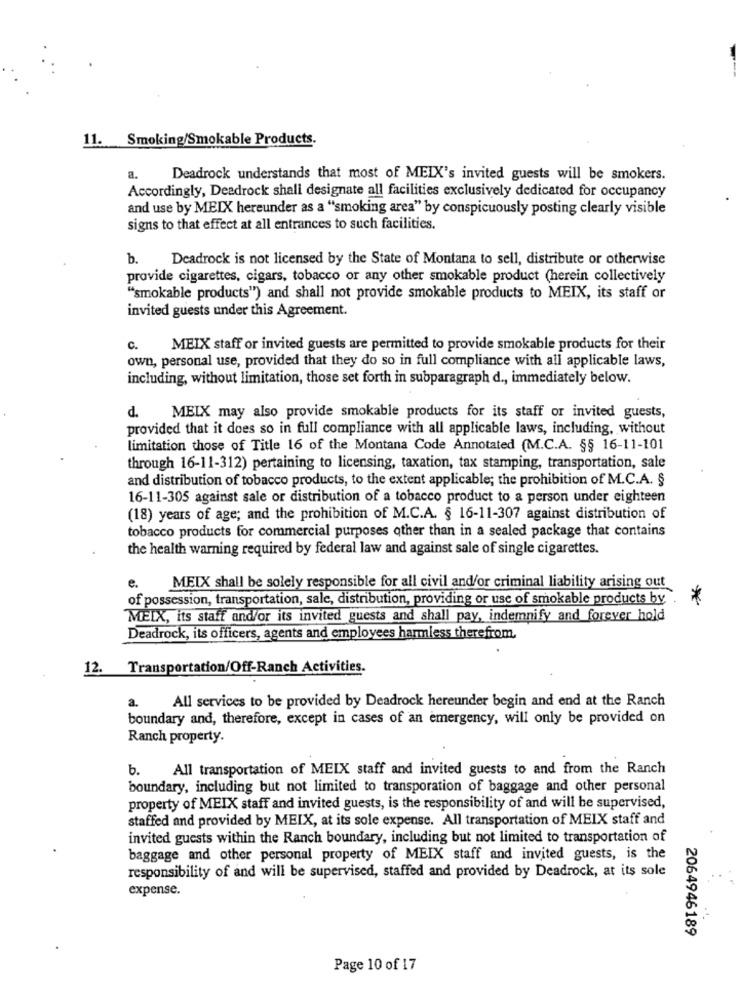
11. Smoking/Smokable Products.
a.
Deadrock understands that most of MEIX's invited guests will be smokers.
Accordingly, Deadrock shall designate all facilities exclusively dedicated for occupancy
and use by MEIX hereunder as a "smoking area" by conspicuously posting clearly visible
signs to that effect at all entrances to such facilities.
b. Deadrock is not licensed by the State of Montana to sell, distribute or otherwise
provide cigarettes, cigars, tobacco or any other smokable product (herein collectively
"smokable products") and shall not provide smokable products to MEIX, its staff or
invited guests under this Agreement.
c.
MEIX staff or invited guests are permitted to provide smokable products for their
own, personal use, provided that they do so in full compliance with all applicable laws,
including, without limitation, those set forth in subparagraph d ., immediately below.
d.
MEIX may also provide smokable products for its staff or invited guests,
provided that it does so in full compliance with all applicable laws, including, without
limitation those of Title 16 of the Montana Code Annotated (M.C.A. §§ 16-11-101
through 16-11-312) pertaining to licensing, taxation, tax stamping, transportation, sale
and distribution of tobacco products, to the extent applicable; the prohibition of M.C.A. §
16-11-305 against sale or distribution of a tobacco product to a person under eighteen
(18) years of age; and the prohibition of M.C.A. § 16-11-307 against distribution of
tobacco products for commercial purposes other than in a sealed package that contains
the health warning required by federal law and against sale of single cigarettes.
e.
MEIX shall be solely responsible for all civil and/or criminal liability arising out
of possession, transportation, sale, distribution, providing or use of smokable products by.
*
MEIX, its staff and/or its invited guests and shall pay, indemnify and forever hold
Deadrock, its officers, agents and employees harmless therefrom.
12.
Transportation/Off-Ranch Activities.
a.
All services to be provided by Deadrock hereunder begin and end at the Ranch
boundary and, therefore, except in cases of an emergency, will only be provided on
Ranch property.
b.
All transportation of MEIX staff and invited guests to and from the Ranch
boundary, including but not limited to transporation of baggage and other personal
property of MEIX staff and invited guests, is the responsibility of and will be supervised,
staffed and provided by MEIX, at its sole expense. All transportation of MEIX staff and
invited guests within the Ranch boundary, including but not limited to transportation of
baggage and other personal property of MEIX staff and invited guests, is the
responsibility of and will be supervised, staffed and provided by Deadrock, at its sole
expense.
2064946189
Page 10 of 17